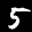
Label: 5